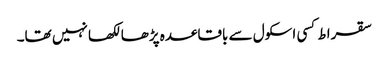
سقراط کسی اسکول سے باقاعدہ پڑھا لکھا نہیں تھا۔